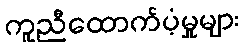
ကူညီထောက်ပံ့မှုများ